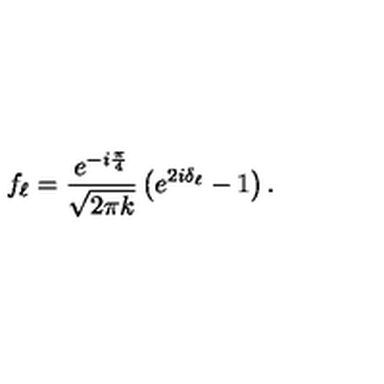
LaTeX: f _ { \ell } = \frac { e ^ { - i \frac { \pi } { 4 } } } { \sqrt { 2 \pi k } } \left( e ^ { 2 i \delta _ { \ell } } - 1 \right) . \nonumber